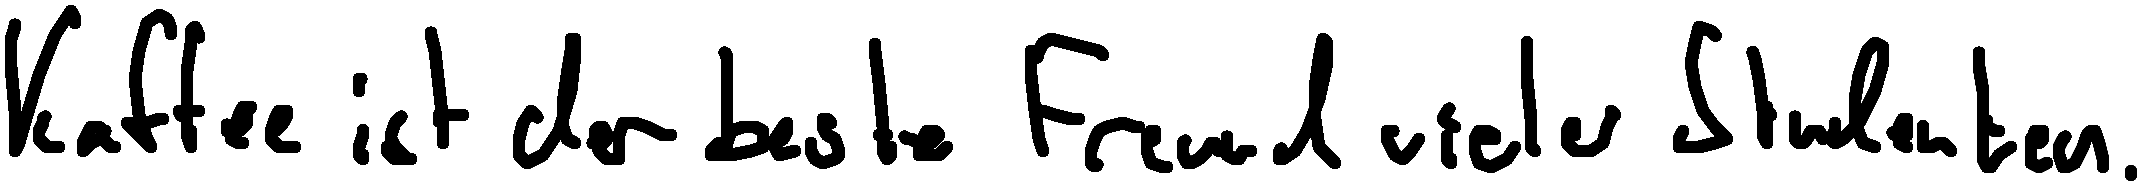
Kaffee ist der beste Freund vieler Studenten.